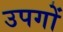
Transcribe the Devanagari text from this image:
उपगों